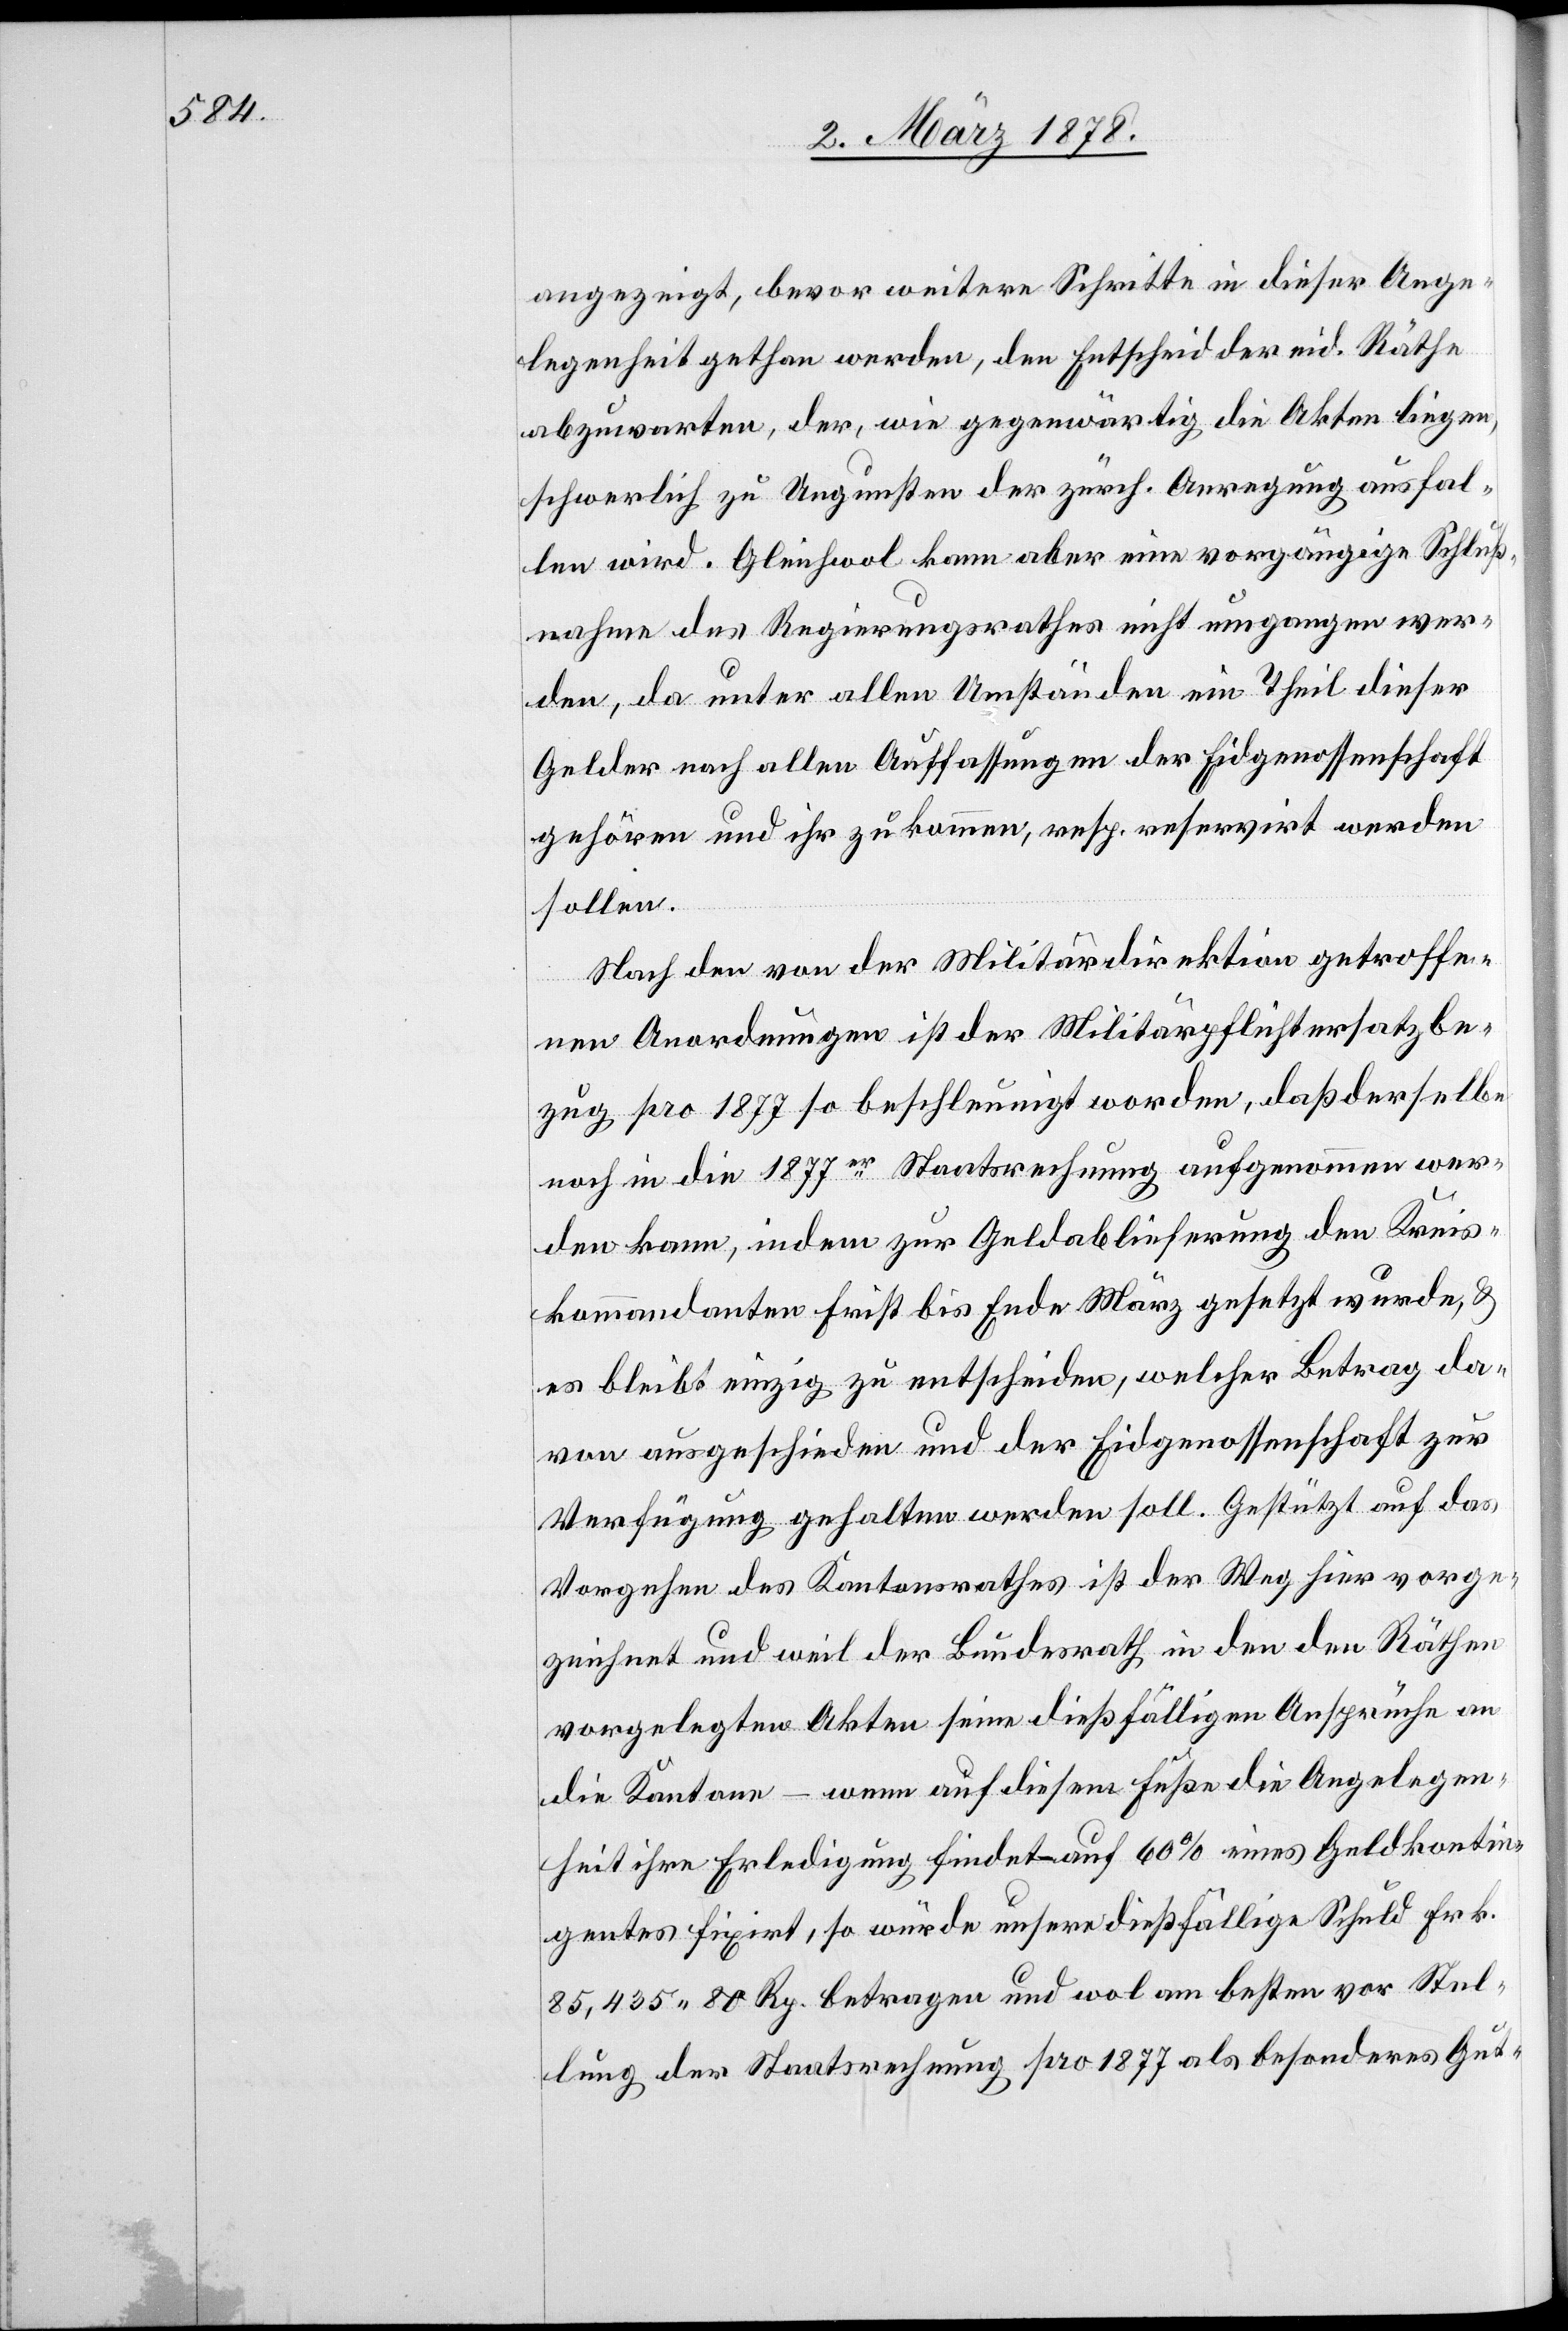
angezeigt, bevor weitere Schritte in dieser Ange¬
legenheit gethan werden, den Entscheid der eid. Räthe
abzuwarten, der, wie gegenwärtig die Akten liegen,
schwerlich zu Ungunsten der zürch. Anregung ausfal¬
len wird. Gleichwol kann aber eine vorgängige Schluß¬
nahme des Regierungsrathes nicht umgangen wer¬
den, da unter allen Umständen ein Theil dieser
Gelder nach alten Auffassungen der Eidgenossenschaft
gehören und ihr zukommen, resp. reservirt werden
sollen.
Nach den von der Militärdirektion getroffe¬
nen Anordnungen ist der Militärpflichtersatzbe¬
zug pro 1877 so beschleunigt worden, daß derselbe
noch in die 1877er Staatsrechnung aufgenommen wer¬
den kann, indem zur Geldablieferung den Kreis¬
kommandanten Frist bis Ende März gesetzt wurde, &
es bleibt einzig zu entscheiden, welcher Betrag da¬
von ausgeschieden und der Eidgenossenschaft zur
Verfügung gehalten werden soll. Gestützt auf das
Vorgehen des Kantonsrathes ist der Weg hier vorge¬
zeichnet und weil der Bundesrath in den den Räthen
vorgelegten Akten seine dießfälligen Ansprüche an
die Kantone – wenn auf diesem Fuße die Angelegen¬
heit ihre Erledigung findet – auf 60% eines Geldkontin¬
gentes fixirt, so würde unsere dießfällige Schuld Frk.
85,435. 80 Rp. betragen und wol am besten vor Stel¬
lung der Staatsrechnung pro 1877 als besonderes Gut-